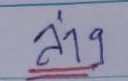
ล่าง